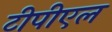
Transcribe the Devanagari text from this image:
टीपीएल